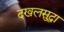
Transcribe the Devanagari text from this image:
दखलसुद्धा